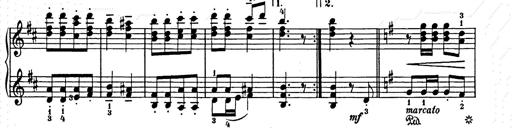
Title: Weihnachtsbaum
Composer: Franz Liszt